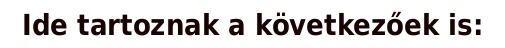
Ide tartoznak a következőek is: